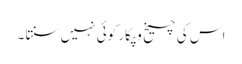
اس کی چیخ و پکار کوئی نہیں سنتا ۔